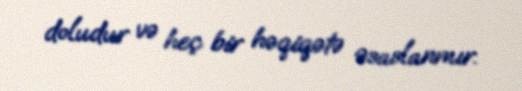
doludur və heç bir həqiqətə əsaslanmır.